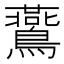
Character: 鷰